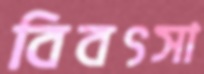
বিবৎসা